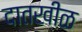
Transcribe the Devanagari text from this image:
दातखीळ